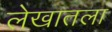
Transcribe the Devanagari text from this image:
लेखातला